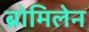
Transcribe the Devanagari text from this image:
ब्रोमिलेन